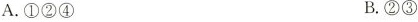
A. ①②④ B. ②③